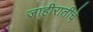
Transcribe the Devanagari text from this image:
जाहीरातीचे